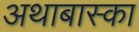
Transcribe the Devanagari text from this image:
अथाबास्का